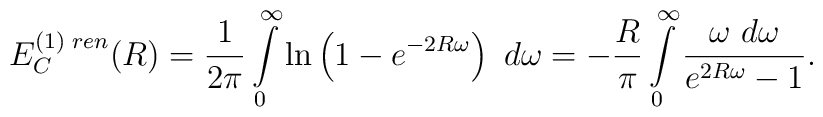
E_C^{(1)\;ren}(R)=\frac{1}{2\pi}\int\limits_{0}^{\infty}\ln\left(1-e^{-2R\omega}\right)~d\omega=-\frac{R}{\pi}\int\limits_{0}^{\infty}\frac{\omega~d\omega}{e^{2R\omega}-1}.